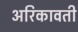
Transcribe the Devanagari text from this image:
अरिकावती